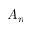
A _ { n }